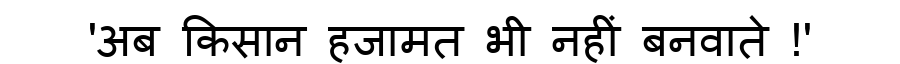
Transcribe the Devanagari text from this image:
'अब किसान हजामत भी नहीं बनवाते !'